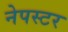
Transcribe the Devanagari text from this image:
नेपस्टर